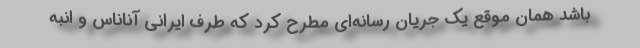
باشد همان موقع یک جریان رسانه‌ای مطرح کرد که طرف ایرانی آناناس و انبه